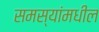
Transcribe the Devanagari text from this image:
समस्यांमधील